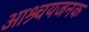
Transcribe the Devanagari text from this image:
आश्र्चयजनक